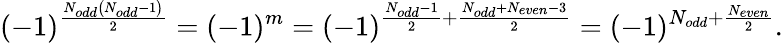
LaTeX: (-1)^{\frac{N_{odd}\left(N_{odd}-1\right)}{2}}=(-1)^{m}=(-1)^{\frac{N_{odd}-1}{2}+\frac{N_{odd}+N_{even}-3}{2}}=(-1)^{N_{odd}+\frac{N_{even}}{2}}.